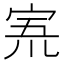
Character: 𡨓